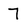
Character: 7